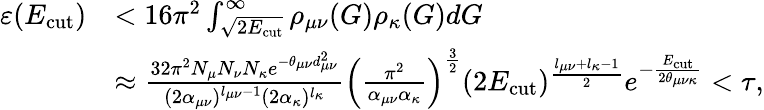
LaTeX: \begin{array}{rl}{\varepsilon(E_{\mathrm{cut}})}&{<16\pi^{2}\int_{\sqrt{2E_{\mathrm{cut}}}}^{\infty}\rho_{\mu\nu}(G)\rho_{\kappa}(G)dG}\\ &{\approx\frac{32\pi^{2}N_{\mu}N_{\nu}N_{\kappa}e^{-\theta_{\mu\nu}d_{\mu\nu}^{2}}}{(2\alpha_{\mu\nu})^{l_{\mu\nu}-1}(2\alpha_{\kappa})^{l_{\kappa}}}\Big(\frac{\pi^{2}}{\alpha_{\mu\nu}\alpha_{\kappa}}\Big)^{\frac{3}{2}}(2E_{\mathrm{cut}})^{\frac{l_{\mu\nu}+l_{\kappa}-1}{2}}e^{-\frac{E_{\mathrm{cut}}}{2\theta_{\mu\nu\kappa}}}<\tau,}\end{array}